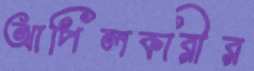
আপিলকারীর